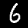
Label: 6